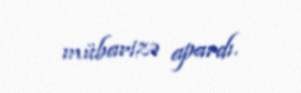
mübarizə apardı.